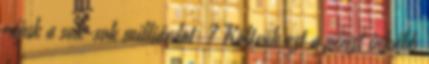
rájuk a sok-sok milliárdot ? Költsük ezt a pénzt inkább